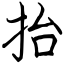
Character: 抬